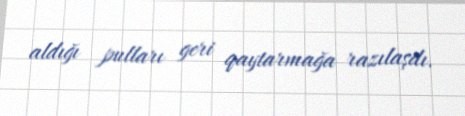
aldığı pulları geri qaytarmağa razılaşdı.